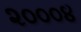
૨૦૦૦૪